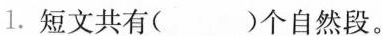
1.短文共有()个自然段。